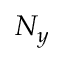
N _ { y }